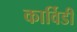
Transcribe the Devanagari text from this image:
कार्विडी